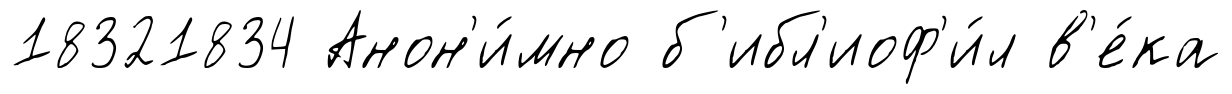
18321834 Анон'и́мно б'ибл'иоф'и́л в'е́ка